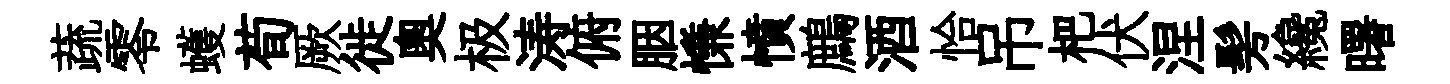
蔬零蠖荀厥徙奧极涛俯胭慊憤鷓酒恰吊杷伏涅髣纔曙